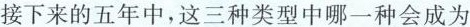
(3(1)2016~2018年，中国农村居民出境游人数的增长幅度明显高于城镇居民出境游人数的增长幅度，0”后和”80”后比较有条件走出国门石世界)中国民众出境游选择”生活体验慢慢慢”多是”90”后和”0材料三中，三幅图代表了中国民众出境游的三种主要类型。请结合材料二、三，预测在接下来的五年中，这三种类型中哪一种预测在中国民众出境游的主要趋势，并简述你的理(3分